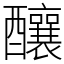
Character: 釀